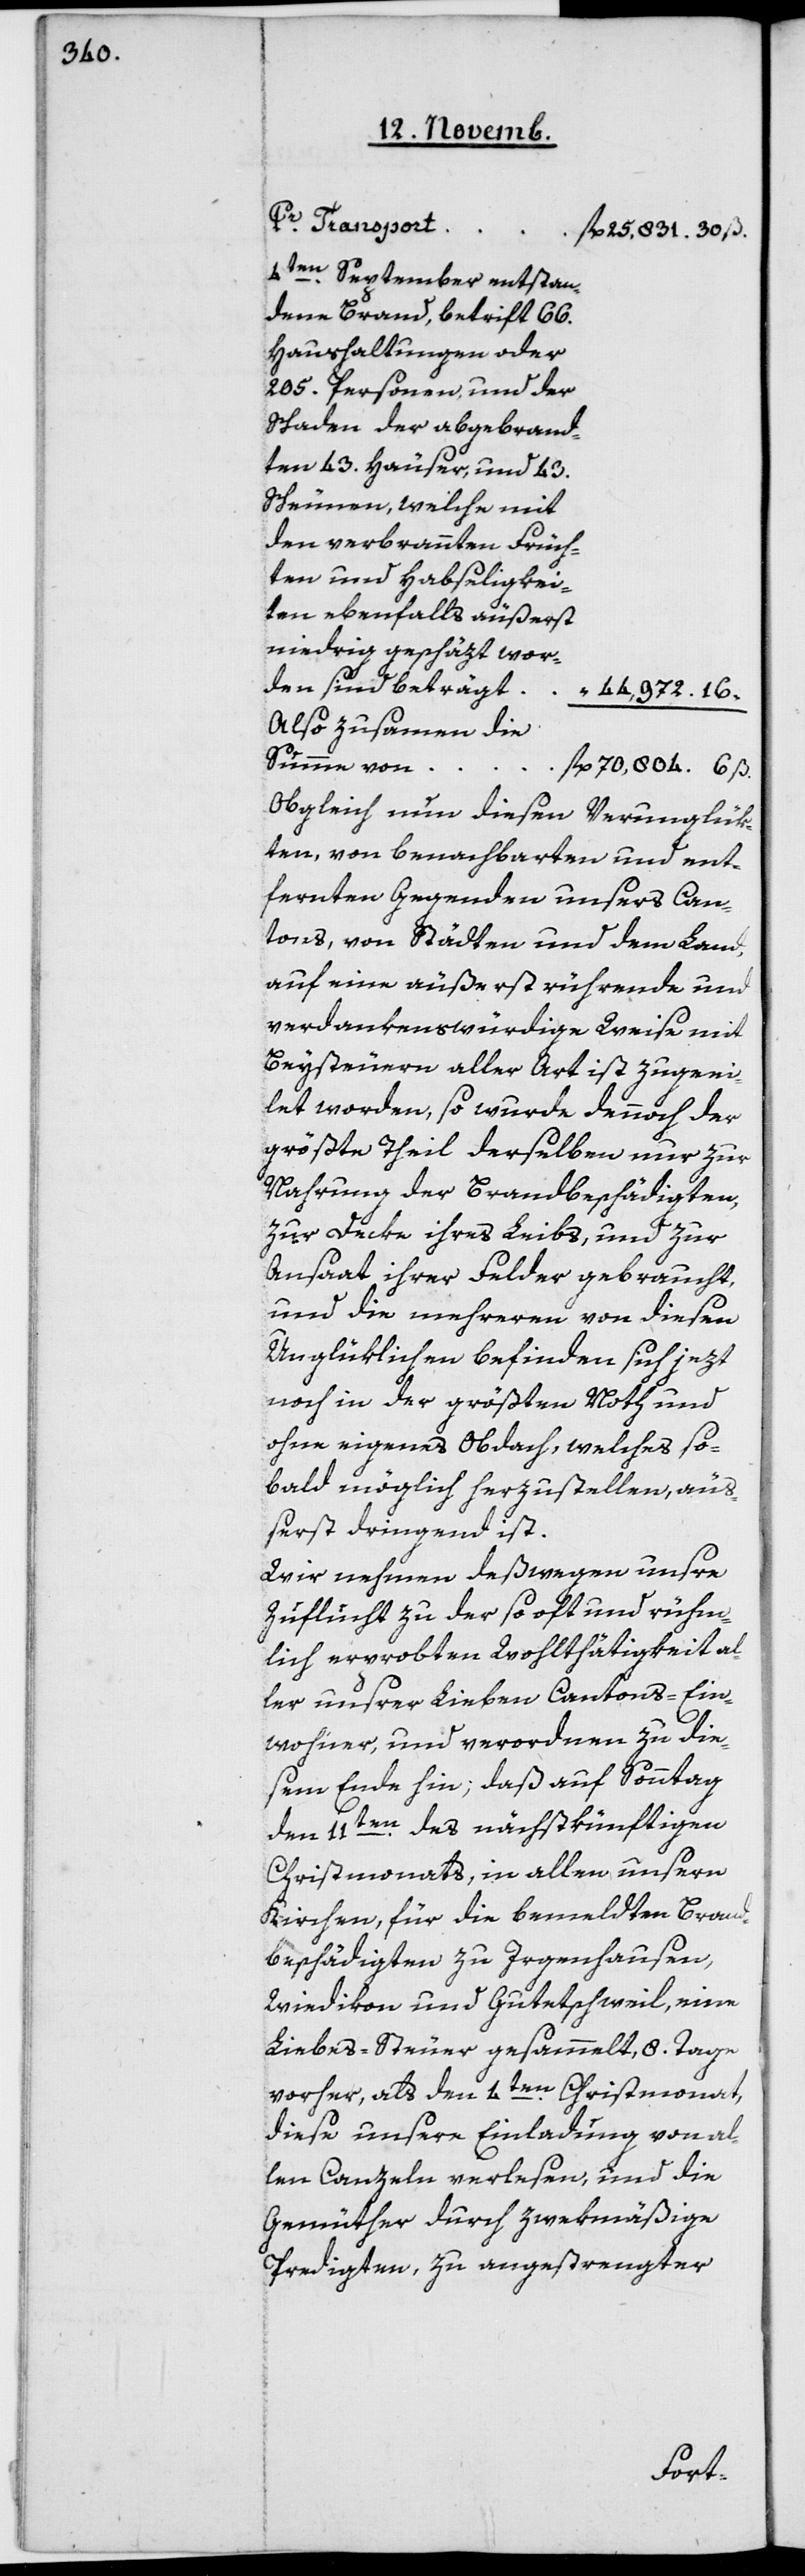
Pr. Transport
en
25‘831.30
4ten September entstan¬
dene Brand, betrift 66
Haushaltungen oder
205 Personen, und der
Schaden der abgebrann¬
ten 43 Häuser und 43
Scheunen, welche mit
den verbrannten Früch¬
ten und Habseligkei¬
ten ebenfalls äußerst
niedrig geschäzt word¬
44‘972.16
Also zusammen die
Summe von
Obgleich nun diesen Verunglük¬
ten, von benachbarten und ent¬
fernten Gegenden unsers Can¬
tons, von Städten und dem Land,
auf eine äußerst rührende und
verdankenswürdige Weise mit
Beysteuern aller Art ist zugeei¬
let worden, so wurde dennoch der
größte Theil derselben nur zur
Nahrung der Brandbeschädigten,
zur Decke ihres Leibs, und zur
Ansaat ihrer Felder gebraucht,
und die mehreren von diesen
Unglüklichen befinden sich jetzt
noch in der größten Noth und
ohne eigenes Obdach, welches so
bald möglich herzustellen, äuß¬
erst dringend ist.
Wir nehmen deßwegen unsre
Zuflucht zu der so oft und rühm¬
lich erprobten Wohlthätigkeit al¬
ler unsrer Lieben Cantons-Ein¬
wohner, und verordnen zu die¬
sem Ende hin, daß auf Sonntag
den 11ten des nächstkünftigen
Christmonats, in allen unsern
Kirchen, für die bemeldten Brand¬
beschädigten zu Irgenhausen,
Wiedikon und Gutetschweil, eine
Liebes-Steuer gesammelt, 8 Tage
vorher, als den 4ten Christmonat,
diese unsere Einladung von al¬
len Canzeln verlesen, und die
Gemüther durch zwekmäßige
Predigten, zu angestrengter